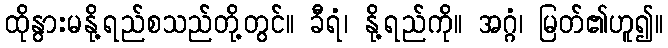
ထိုနွားမနို့ရည်စသည်တို့တွင်။ ခီရံ၊ နို့ရည်ကို။ အဂ္ဂံ၊ မြတ်၏ဟူ၍။